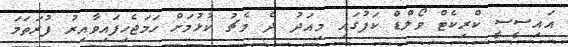
އައިސީސީ ކްރިކެޓް ވޯލްޑް ކަޕުގައި މިއަދު ދެ މެޗު ކުޅުމަށް ހަމަޖެހިފައިވާއިރު ފުރަތަމަ